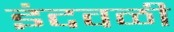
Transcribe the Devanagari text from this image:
इंदवळी